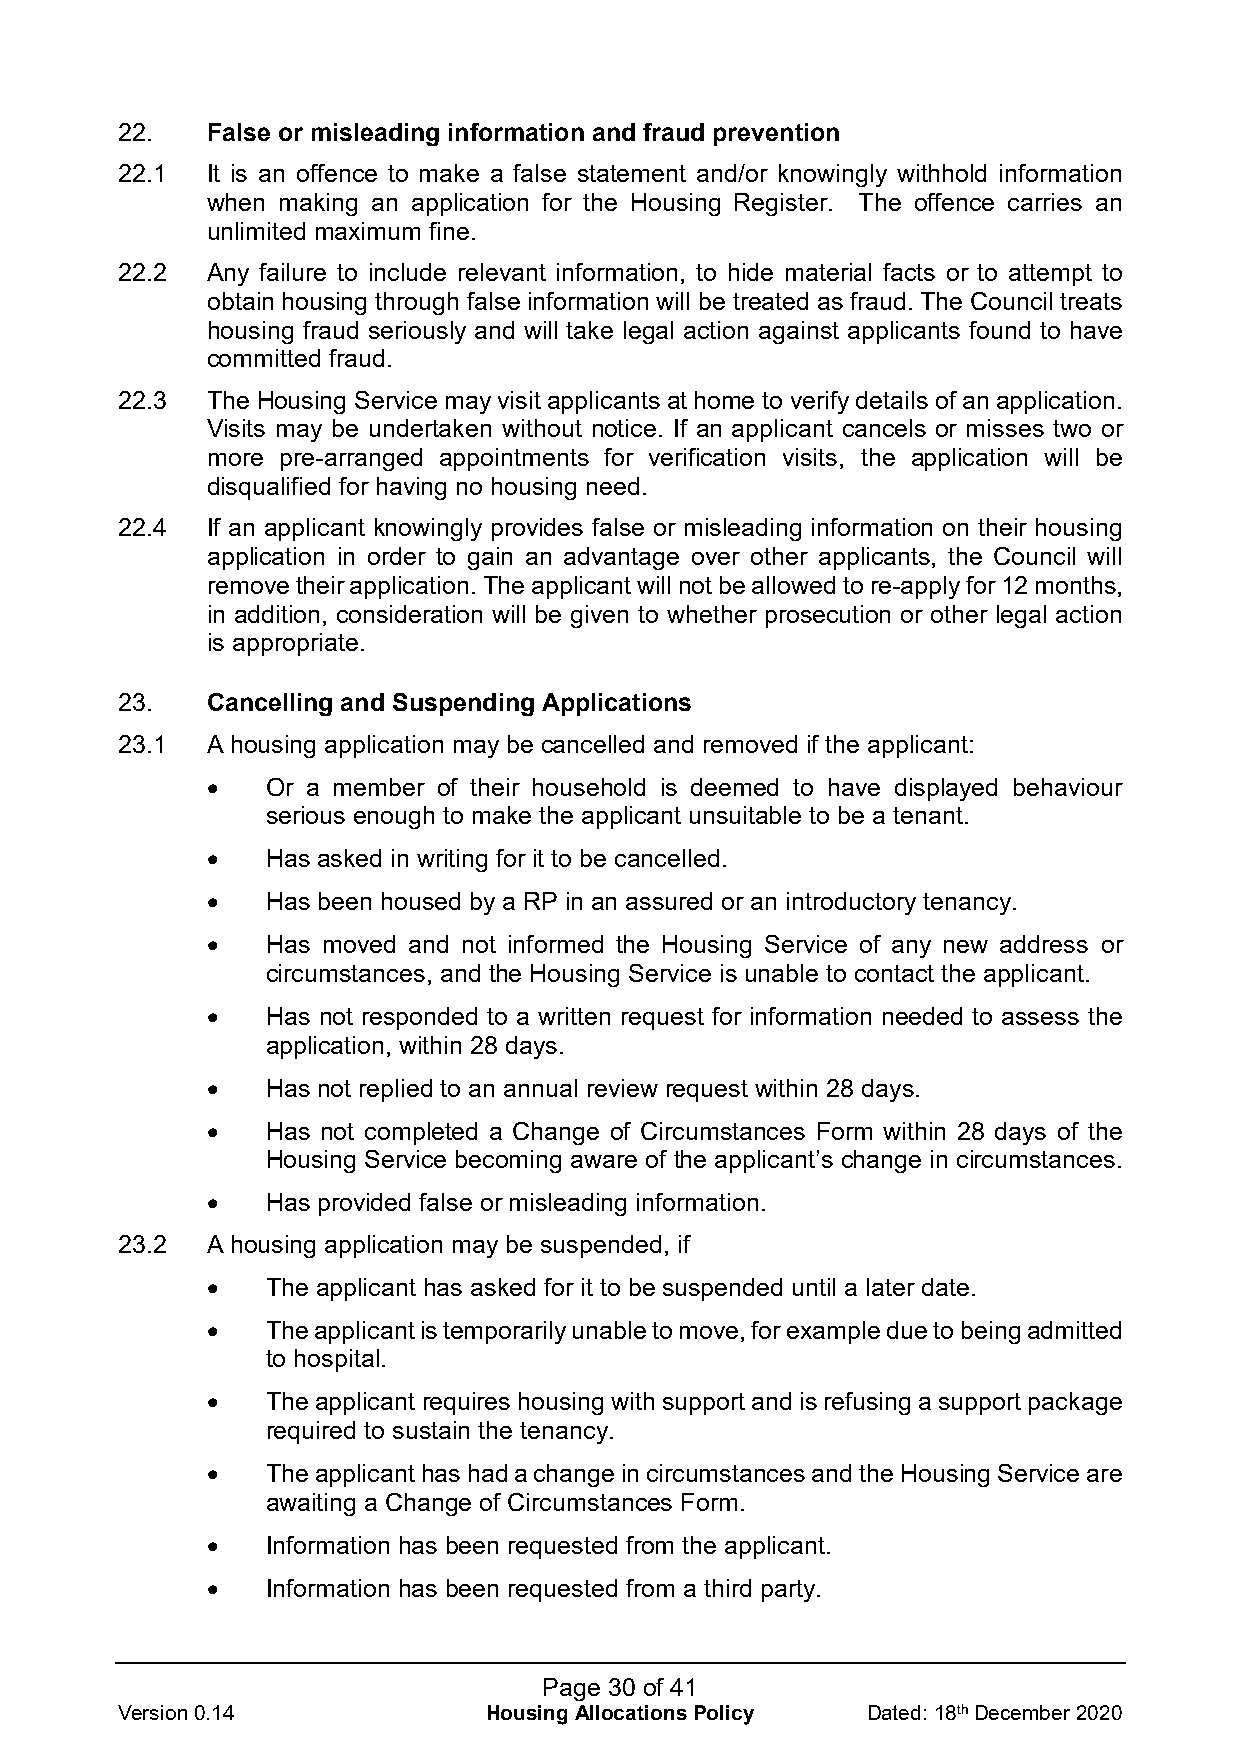
22.   False or misleading information and fraud prevention
 22.1  It is an offence to make a false statement and/or knowingly withhold information
 when making an application for the Housing Register. The offence carries an
 unlimited maximum fine.
 22.2  Any failure to include relevant information, to hide material facts or to attempt to
 obtain housing through false information will be treated as fraud. The Council treats
 housing fraud seriously and will take legal action against applicants found to have
 committed fraud.
 22.3  The Housing Service may visit applicants at home to verify details of an application.
 Visits may be undertaken without notice. If an applicant cancels or misses two or
 more pre-arranged appointments for verification visits, the application will be
 disqualified for having no housing need.
 22.4  If an applicant knowingly provides false or misleading information on their housing
 application in order to gain an advantage over other applicants, the Council will
 remove their application. The applicant will not be allowed to re-apply for 12 months,
 in addition, consideration will be given to whether prosecution or other legal action
 is appropriate.
 23.   Cancelling and Suspending Applications
 23.1  A housing application may be cancelled and removed if the applicant:
 •   Or a member of their household is deemed to have displayed behaviour
 serious enough to make the applicant unsuitable to be a tenant.
 •   Has asked in writing for it to be cancelled.
 •   Has been housed by a RP in an assured or an introductory tenancy.
 •   Has moved and not informed the Housing Service of any new address or
 circumstances, and the Housing Service is unable to contact the applicant.
 •   Has not responded to a written request for information needed to assess the
 application, within 28 days.
 •   Has not replied to an annual review request within 28 days.
 •   Has not completed a Change of Circumstances Form within 28 days of the
 Housing Service becoming aware of the applicant’s change in circumstances.
 •   Has provided false or misleading information.
 23.2  A housing application may be suspended, if
 •   The applicant has asked for it to be suspended until a later date.
 •   The applicant is temporarily unable to move, for example due to being admitted
 to hospital.
 •   The applicant requires housing with support and is refusing a support package
 required to sustain the tenancy.
 •   The applicant has had a change in circumstances and the Housing Service are
 awaiting a Change of Circumstances Form.
 •   Information has been requested from the applicant.
 •   Information has been requested from a third party.
 Page 30 of 41
 Version 0.14            Housing Allocations Policy Dated: 18th December 2020